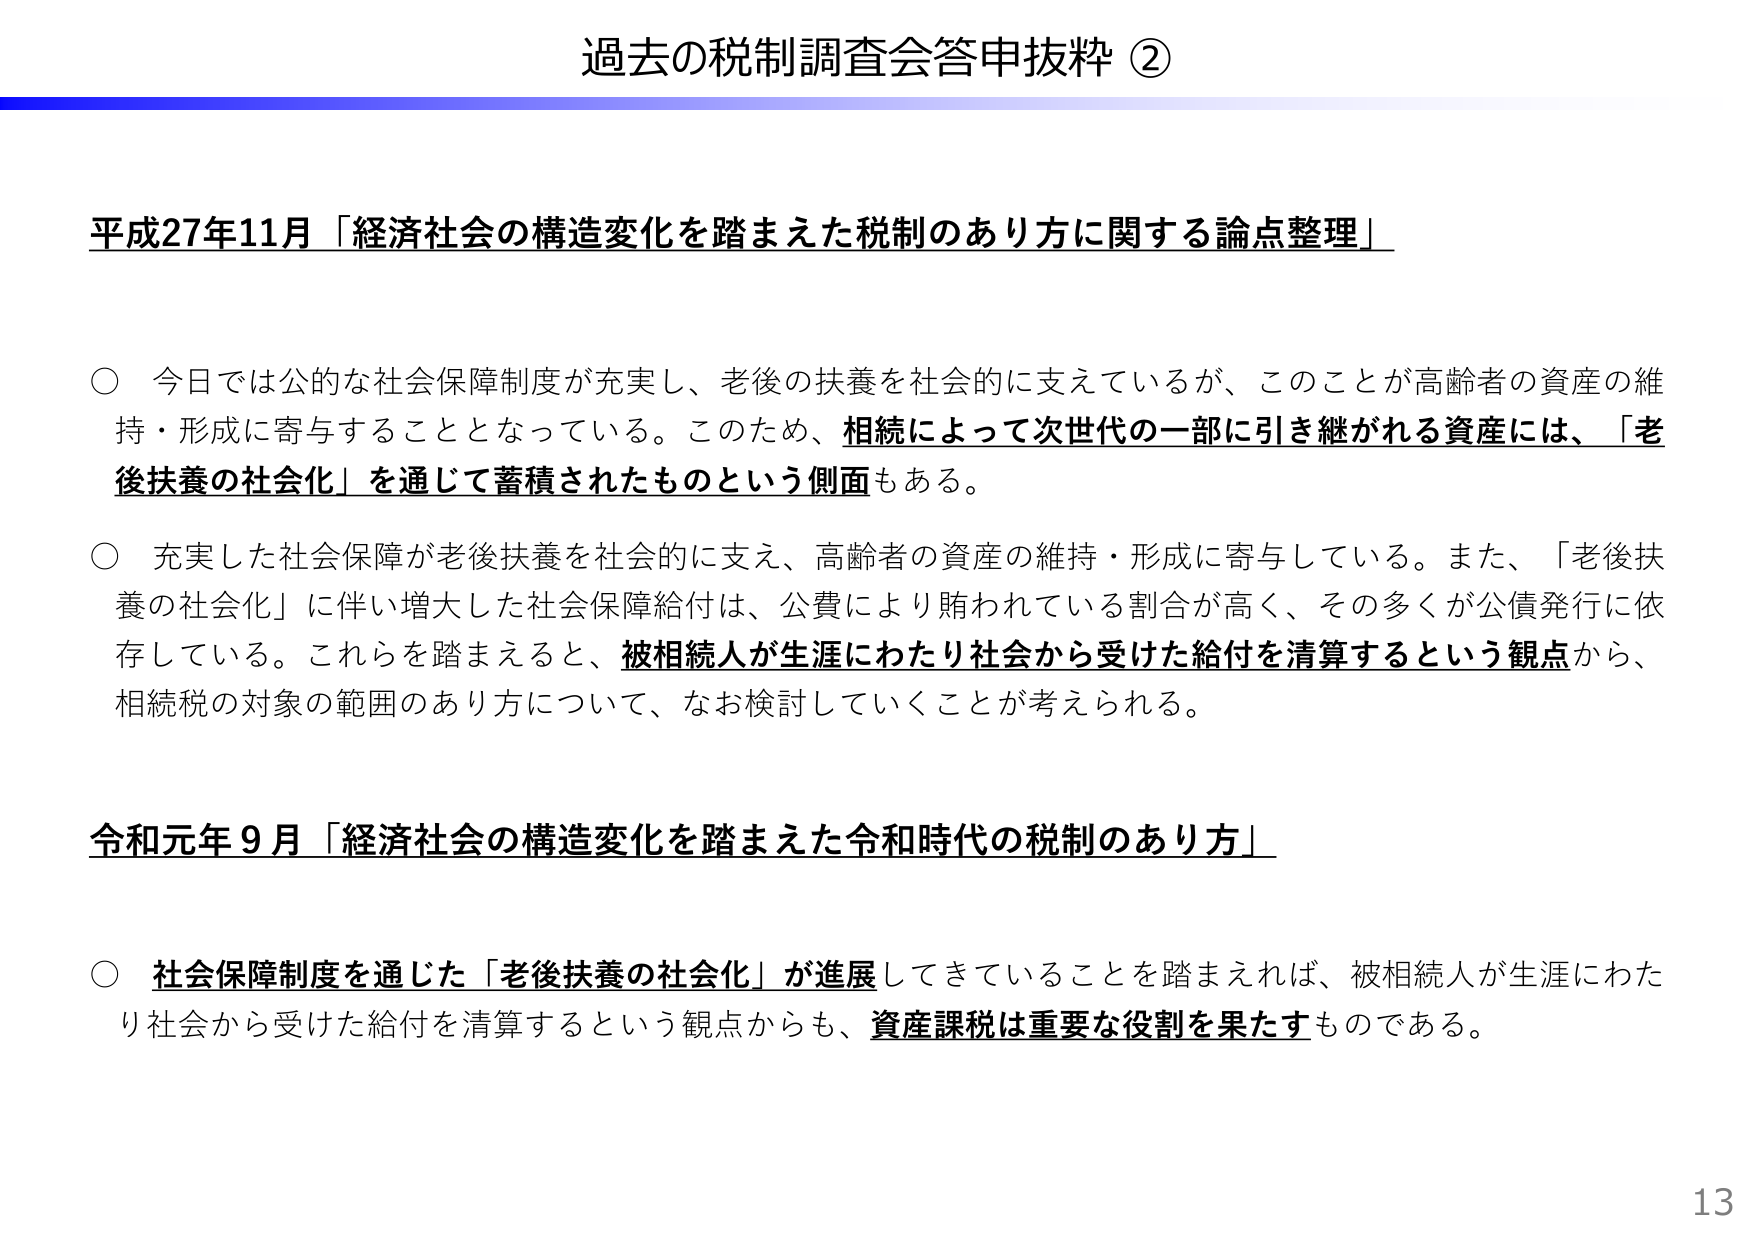
過去の税制調査会答申抜粋 ②

平成27年11月「経済社会の構造変化を踏まえた税制のあり方に関する論点整理」

○ 今日では公的な社会保障制度が充実し、老後の扶養を社会的に支えているが、このことが高齢者の資産の維持・形成に寄与することとなっている。このため、相続によって次世代の一部に引き継がれる資産には、「老後扶養の社会化」を通じて蓄積されたものという側面もある。

○ 充実した社会保障が老後扶養を社会的に支え、高齢者の資産の維持・形成に寄与している。また、「老後扶養の社会化」に伴い増大した社会保障給付は、公費により賄われている割合が高く、その多くが公債発行に依存している。これらを踏まえると、被相続人が生涯にわたり社会から受けた給付を清算するという観点から、相続税の対象の範囲のあり方について、なお検討していくことが考えられる。

令和元年9月「経済社会の構造変化を踏まえた令和時代の税制のあり方」

○ 社会保障制度を通じた「老後扶養の社会化」が進展してきていることを踏まえれば、被相続人が生涯にわたり社会から受けた給付を清算するという観点からも、資産課税は重要な役割を果たすものである。

13